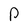
Character: p